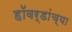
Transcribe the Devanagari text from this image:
हॉवर्डांच्या